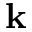
{ \bf k }